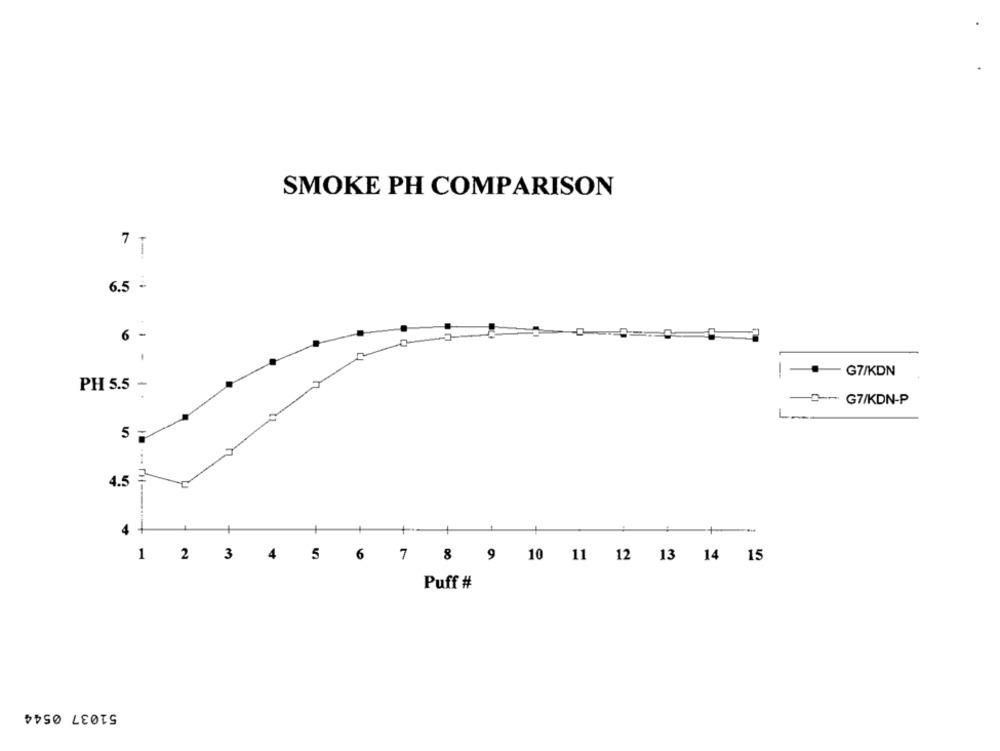
SMOKE PH COMPARISON
7 T
6.5 -
6 -
G7/KDN
PH 5.5 -
-0 -- G7/KDN-P
L
5 -
4.5
4
-+ **
1 2 3 4 5 6 7 8 9 10 11 12 13 14 15
Puff #
51037 0544